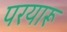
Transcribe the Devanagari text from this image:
परयारू